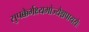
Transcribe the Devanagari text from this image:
सुपक्कैर्भक्ष्यभोज्यैश्चपायसैः